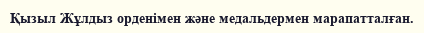
Қызыл Жұлдыз орденімен және медальдермен марапатталған.